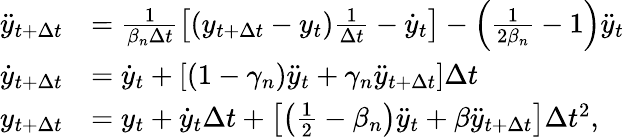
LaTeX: \begin{array}{rl}{\ddot{y}_{t+\Delta{t}}}&{=\frac{1}{\beta_{n}\Delta{t}}\left[(y_{{t}+\Delta{t}}-y_{{t}})\frac{1}{\Delta{t}}-\dot{y}_{{t}}\right]-\left(\frac{1}{2\beta_{n}}-1\right)\ddot{y}_{{t}}}\\ {\dot{y}_{{t}+\Delta{t}}}&{=\dot{y}_{{t}}+\left[\left(1-\gamma_{n}\right)\ddot{y}_{{t}}+\gamma_{n}\ddot{y}_{{t}+\Delta{t}}\right]\Delta{t}}\\ {{y}_{{t}+\Delta{t}}}&{={y}_{{t}}+\dot{y}_{{t}}\Delta{t}+\left[\left(\frac{1}{2}-\beta_{n}\right)\ddot{y}_{{t}}+\beta\ddot{y}_{{t}+\Delta{t}}\right]\Delta{t}^{2},}\end{array}